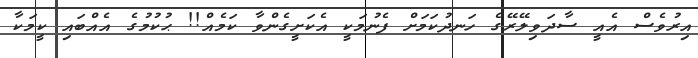
އިރުވެސް އެއީ ސާދަވިލޭރޭގެ ހަނދުކަމަށް ފެނުމަކީ އެކަށީގެންވާ ކަމެއް!! ޙުކުމުގެ އެއްބައި ކީމަކާ